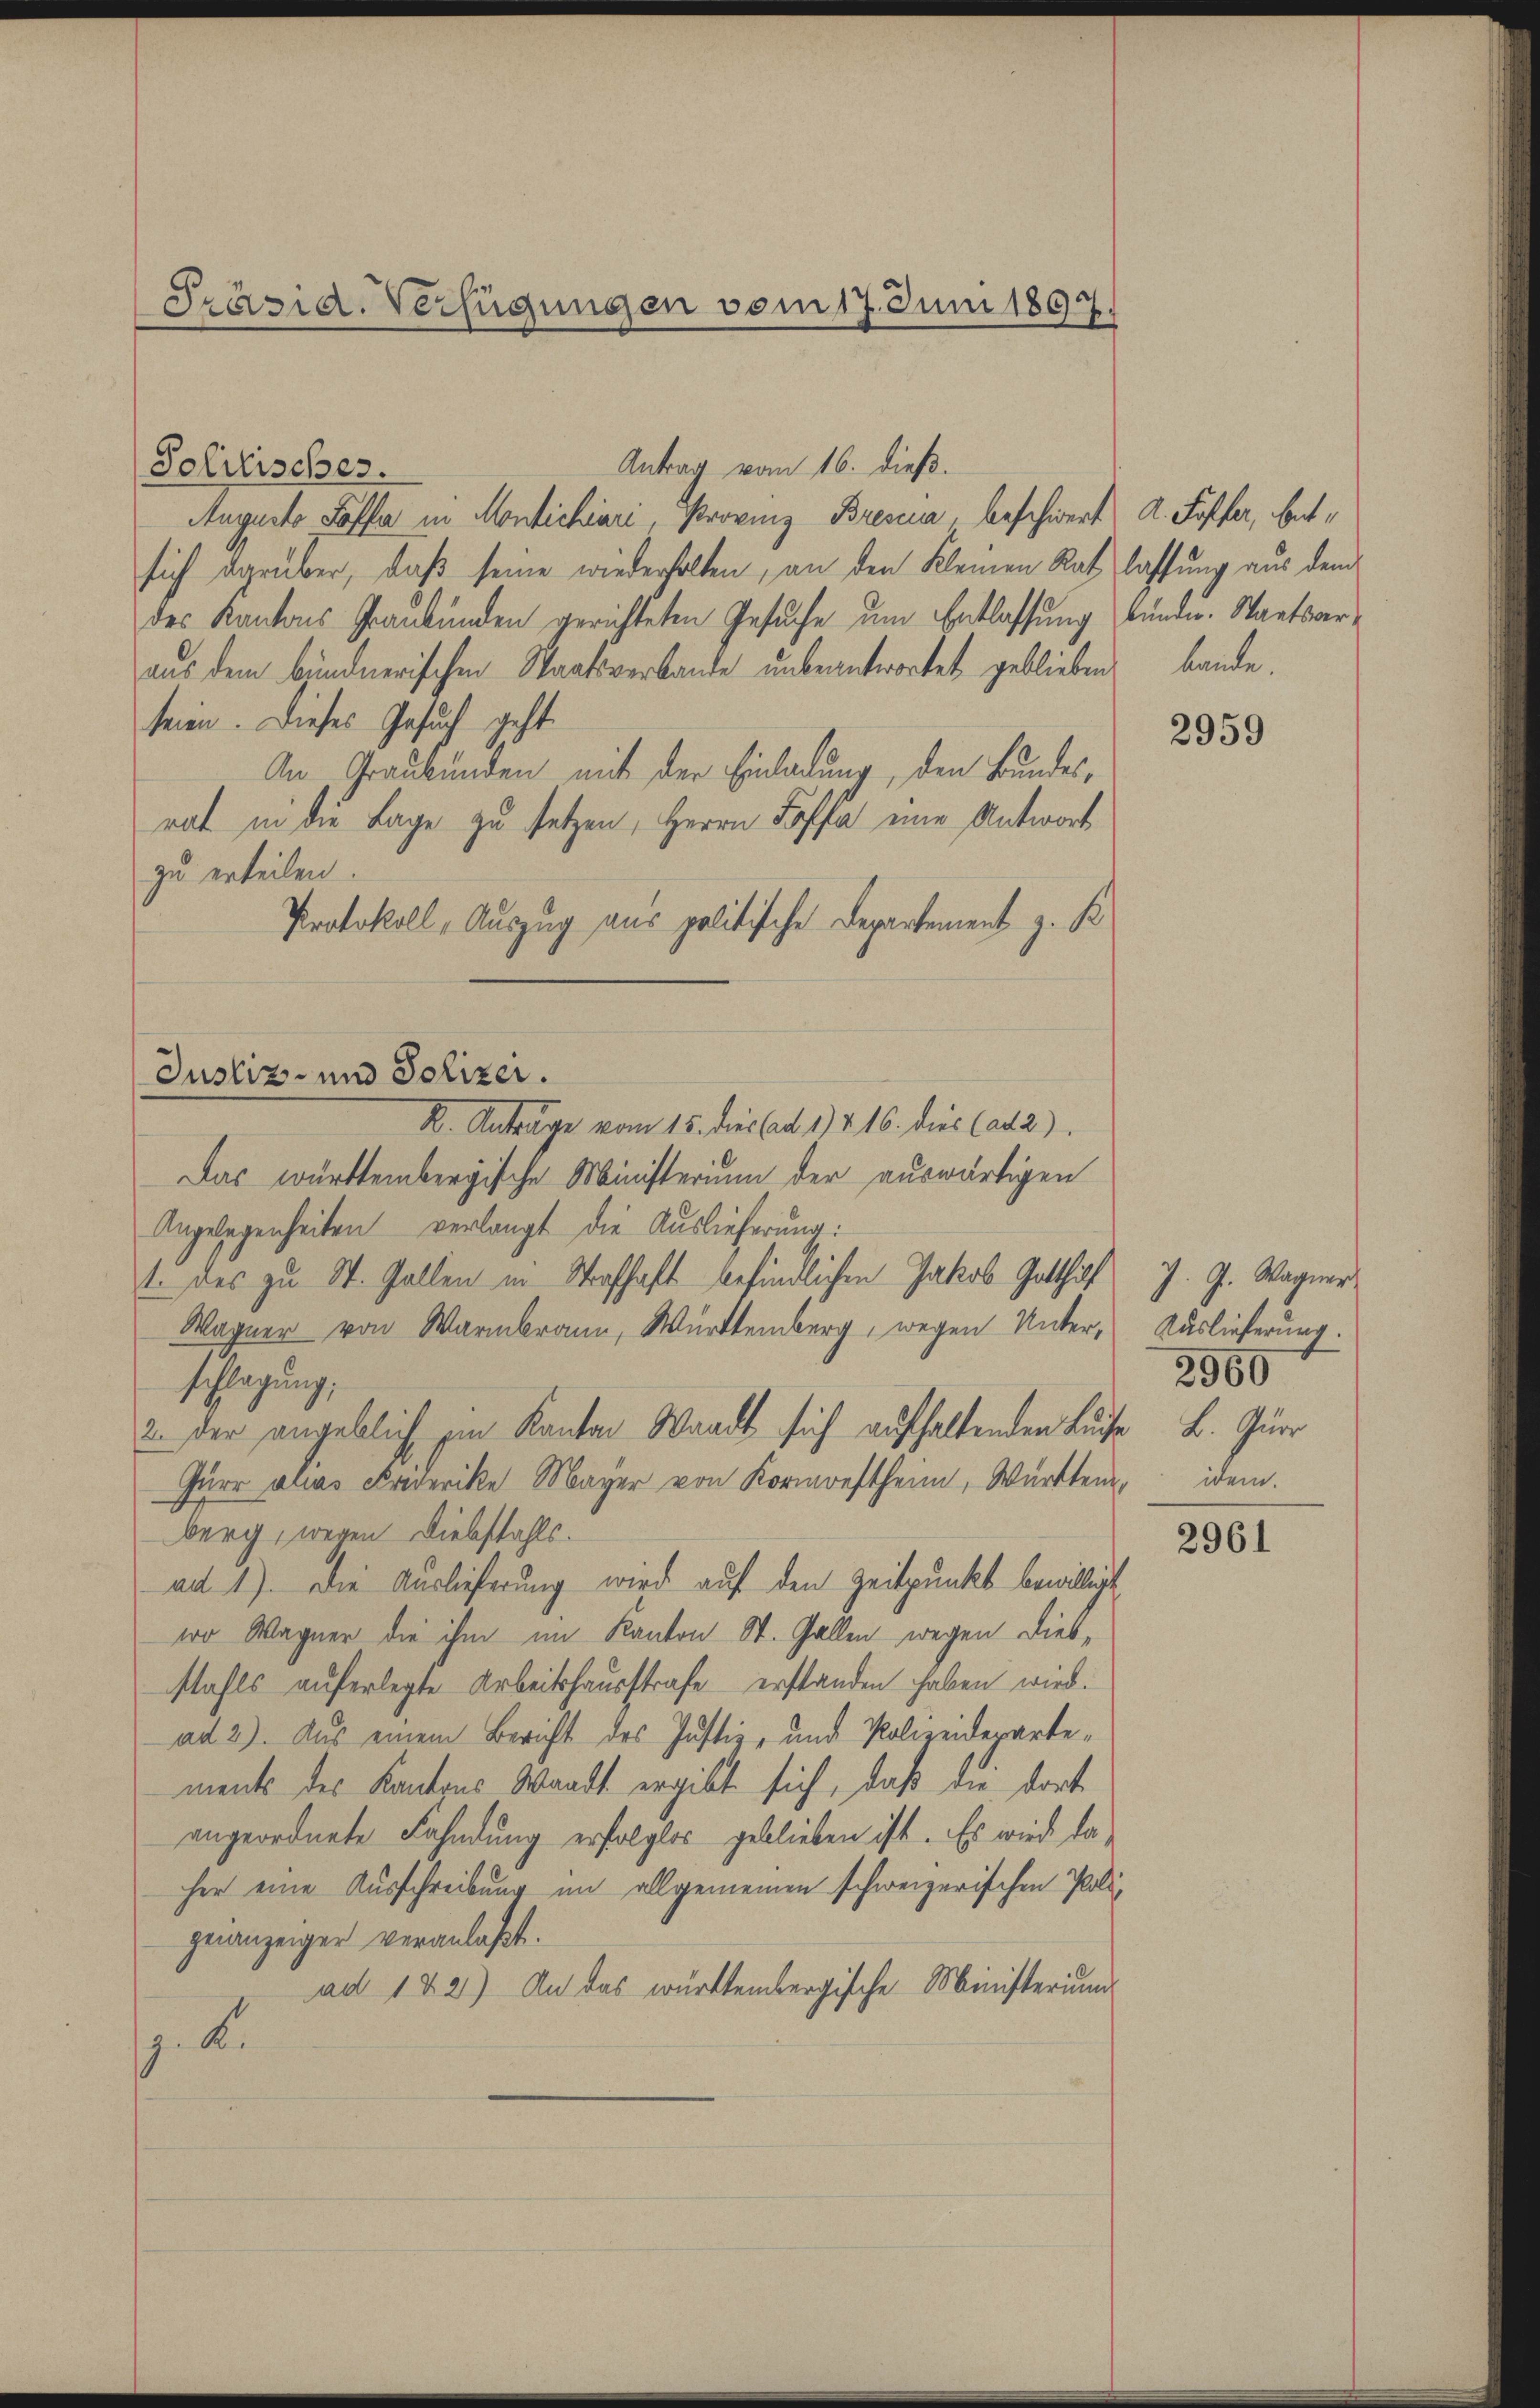
Präsid. Verfügungen vom 17. Juni 1897.

Antrag vom 16. dieß.
Solitisches.
Augusto Poffe in Montichiari, Provinz Bresia, beschwert d. Koffer, Sentsich darüber, daß seine wiederholten, an den Kleinen Rat lassung aus dem
des Kantons Graubünden gerichteten Gesuche um Entlassung kunde. Staatsaraus dem bündnerischen Staatsverbande unbeantwortet geblieben bande.
seien. Dieses Gesuch geht.
An Graubünden mit der Einladung, den Bundesrat in die Lage zu setzen, Herrn Koffe eine Antwort
zu erteilen.
Protokoll, Auszug aus politische Departement z. K
B. Anträge vom 15. dies ad 12. 16. dies (ad 2).
Das württembergische Ministerium der auswärtigen
Angelegenheiten verlangt die Auslieferung:
1. des zu St. Gallen in Strafhaft befindlichen Jakob Gotthilf
Wagner von Warmbrann, Württemberg, wegen Unter- Auslieferung.
schlagung,
2. der angeblich zum Kanton Waadt sich aufhaltenden Buche B. Quer
Gürr als Friderike Mayer von Kormten, Württem, dem
berg, wegen Diebstahls.
ad 1). Die Auslieferung wird auf den Zeitpunkt bewilligt
wo Wagner die ihm im Kanton St. Gallen wegen diesstahls auferlegte Arbeitshausstrafe erstanden haben wird.
ad 2). Aus einem Bericht des Justiz- und Polizeidepartements des Kantons Waadt ergibt sich, daß die dort
angeordnete Fahndung erfolglos geblieben ist. Es wird daher eine Ausschreibung im allgemeinen schweizerischen Polgenanzeiger veranlaßt.
ad 122) An das württembergische Ministerium
z. B.

Justiz- und Polizei.

2959

J. J. Wagner

2960

2961